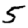
Digit: 5